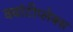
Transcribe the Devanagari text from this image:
क्वांटीप्लेक्स